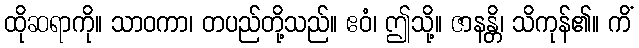
ထိုဆရာကို။ သာဝကာ၊ တပည်တို့သည်။ ဧဝံ၊ ဤသို့။ ဇာနန္တိ၊ သိကုန်၏။ ကိံ